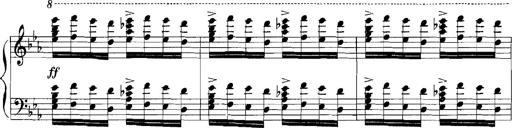
Title: Rhapsodies hongroises
Composer: Franz Liszt